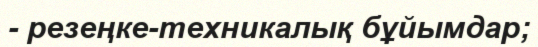
- резеңке-техникалық бұйымдар;